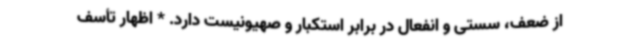
از ضعف، سستی و انفعال در برابر استکبار و صهیونیست دارد. * اظهار تأسف